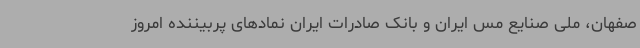
صفهان، ملی صنایع مس ایران و بانک صادرات ایران نمادهای پربیننده امروز